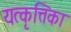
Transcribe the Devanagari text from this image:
यत्कृत्तिका